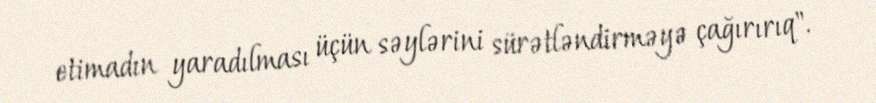
etimadın yaradılması üçün səylərini sürətləndirməyə çağırırıq".